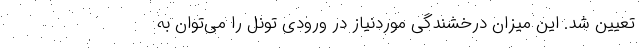
تعیین شد. این میزان درخشندگی موردنیاز در ورودی تونل را می‌توان به